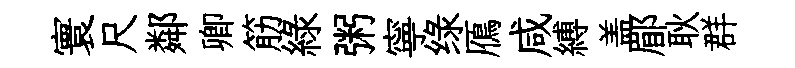
寰尺鄰卿筋緑粥寧绿鴈咸縛盖郿耿群